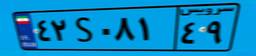
۴۲S۰۸۱۴۹